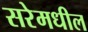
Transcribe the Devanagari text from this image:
सरेमधील